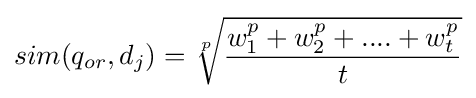
sim(q_{or},d_{j})={\sqrt[{p}]{\frac {w_{1}^{p}+w_{2}^{p}+....+w_{t}^{p}}{t}}}